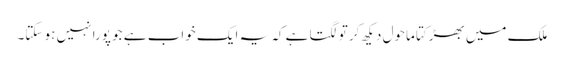
ملک میں بھڑکتا ماحول دیکھ کر تو لگتا ہے کہ یہ ایک خواب ہے جو پورا نہیں ہو سکتا۔